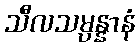
သီလသမ္ပန္နာနံ